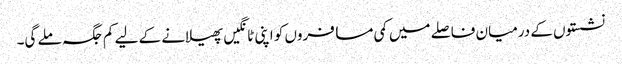
نشستوں کے درمیان فاصلے میں کمی مسافروں کو اپنی ٹانگیں پھیلانے کے لیے کم جگہ ملے گی۔